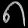
Digit: ၈